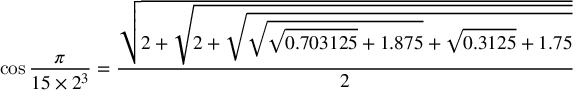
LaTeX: \cos { \frac { \pi } { 1 5 \times 2 ^ { 3 } } } = { \frac { \sqrt { 2 + { \sqrt { 2 + { \sqrt { { \sqrt { { \sqrt { 0 . 7 0 3 1 2 5 } } + 1 . 8 7 5 } } + { \sqrt { 0 . 3 1 2 5 } } + 1 . 7 5 } } } } } } { 2 } }